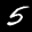
Label: 5